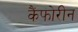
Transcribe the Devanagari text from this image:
कैंफोरीन